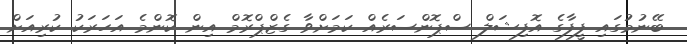
ބޭނުމުގައި ފީފާގެ އޮފިޝަލް ސްޕޮންސަރެއް ކަމަށްވާ ގެޒްޕްރޮމް އިން ކޮންމެ އަހަރަކު ކުރިއަށް